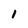
Character: i